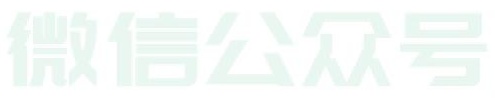
微信公众号